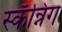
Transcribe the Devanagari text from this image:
स्कॅन्निंग